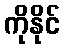
ကိုနိုင်